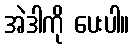
အဲဒါကို ပေးပါ။